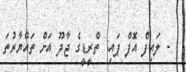
- ލައިފް އޮފް ޕައި: ތްރީޑީގެ ޖާދޫ އަށް ތައްޔާރުތަ